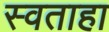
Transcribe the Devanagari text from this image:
स्वताहा